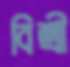
বিশ্রী